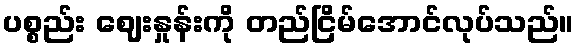
ပစ္စည်း ဈေးနှုန်းကို တည်ငြိမ်အောင်လုပ်သည်။